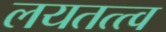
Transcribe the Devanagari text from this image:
लयतत्त्व